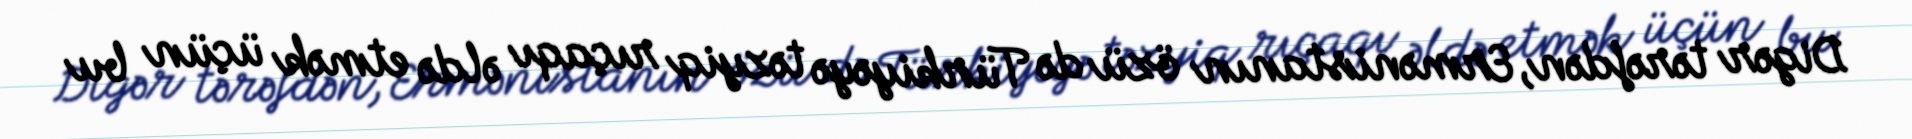
Digər tərəfdən, Ermənistanın özü də Türkiyəyə təzyiq rıçaqı əldə etmək üçün bu